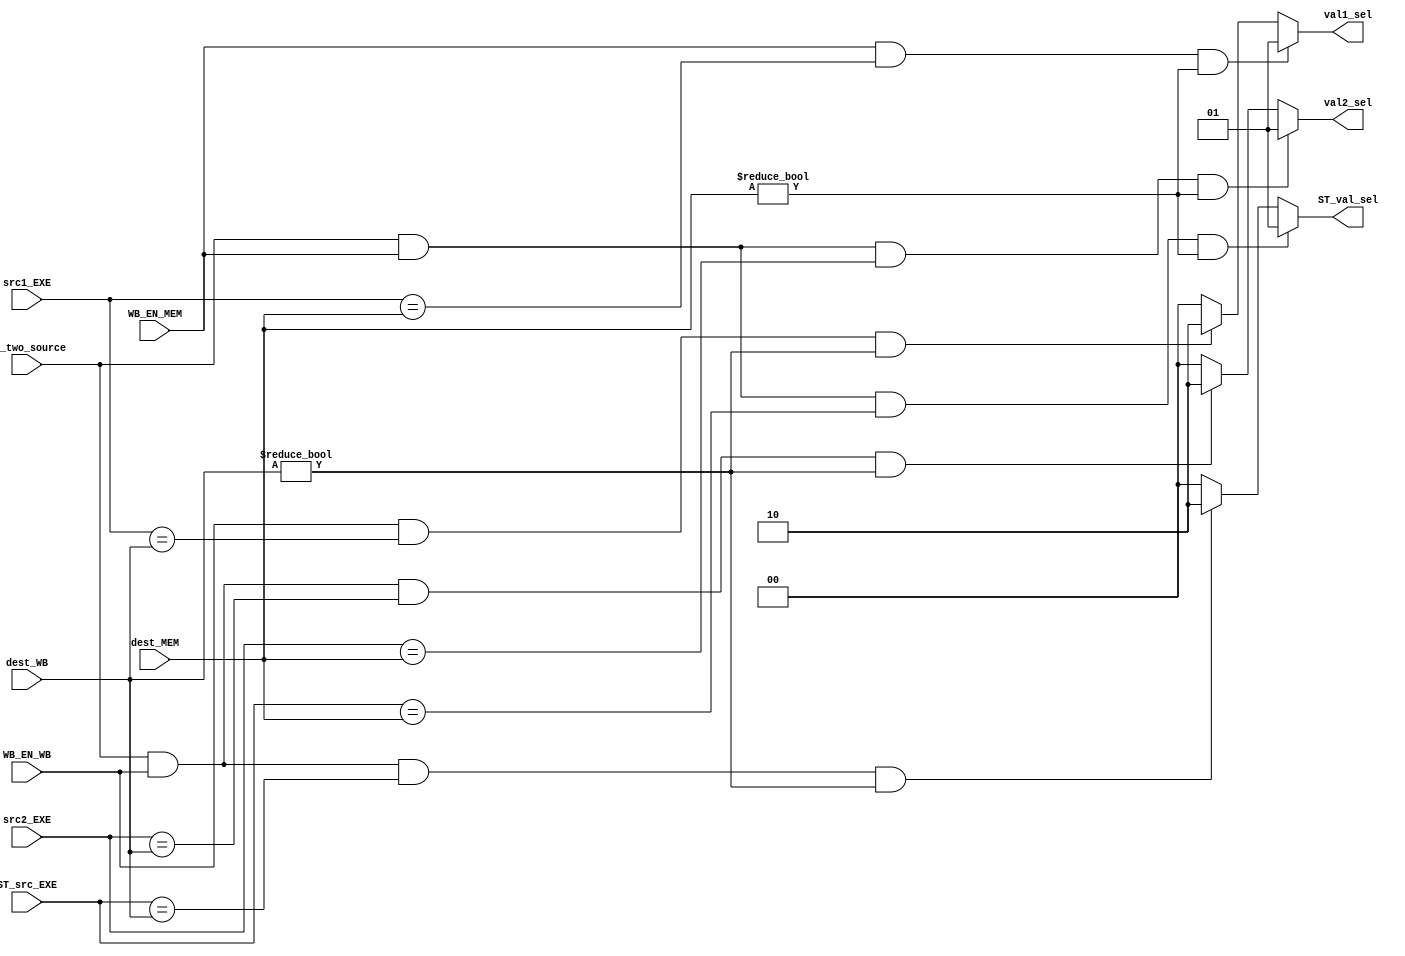
module Forwarding_Unit (
                        input[4:0] src1_EXE,
                        input[4:0] src2_EXE,
                        input[4:0] ST_src_EXE,
                        input[4:0] dest_MEM,
                        input[4:0] dest_WB,
                        input WB_EN_MEM,
                        input WB_EN_WB,
                        input is_two_source,

                        output[1:0] val1_sel,
                        output[1:0] val2_sel,
                        output[1:0] ST_val_sel
                       );

    assign val1_sel = (WB_EN_MEM && src1_EXE == dest_MEM && dest_MEM != 5'b0) ? 2'b01 :
                      (WB_EN_WB && src1_EXE == dest_WB && dest_WB != 5'b0) ? 2'b10 :
                      2'b00;
    assign val2_sel = (is_two_source == 1'b1 && WB_EN_MEM && src2_EXE == dest_MEM && dest_MEM != 5'b0) ? 2'b01 :
                      (is_two_source == 1'b1 && WB_EN_WB && src2_EXE == dest_WB && dest_WB != 5'b0) ? 2'b10 :
                      2'b00;
    assign ST_val_sel = (is_two_source == 1'b1 && WB_EN_MEM && ST_src_EXE == dest_MEM && dest_MEM != 5'b0) ? 2'b01 :
                        (is_two_source == 1'b1 && WB_EN_WB && ST_src_EXE == dest_WB && dest_WB != 5'b0) ? 2'b10 :
                         2'b00;
    //assign ST_val_sel = val2_sel;

endmodule